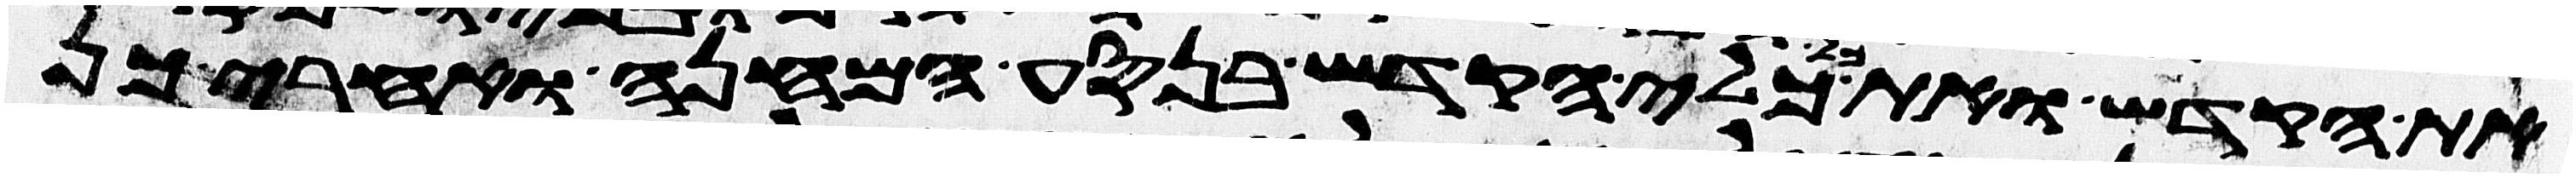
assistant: את הקדש ואת כל כלי הקדש בנסע המחנה ואחרי כן